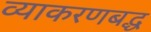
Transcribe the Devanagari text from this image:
व्याकरणबद्ध